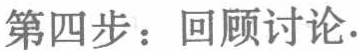
第四步：回顾讨论.